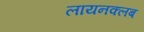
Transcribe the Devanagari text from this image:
लायनक्लब